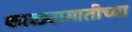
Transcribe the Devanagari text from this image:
काळ्यामातीच्या